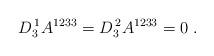
LaTeX: \begin{align*} D_3^{\, 1}A^{1233} = D_3^{\, 2}A^{1233}=0\;.\end{align*}